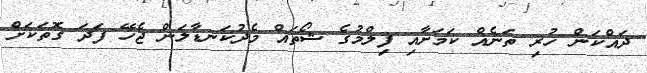
ދައްކަން ހުރި ތަނެއް ކަމަށާއި ފިލްމުގެ ޝޯތައް މެދުކަނޑާލަން ޖެހޭ ފަދަ ގޮތަކަށް